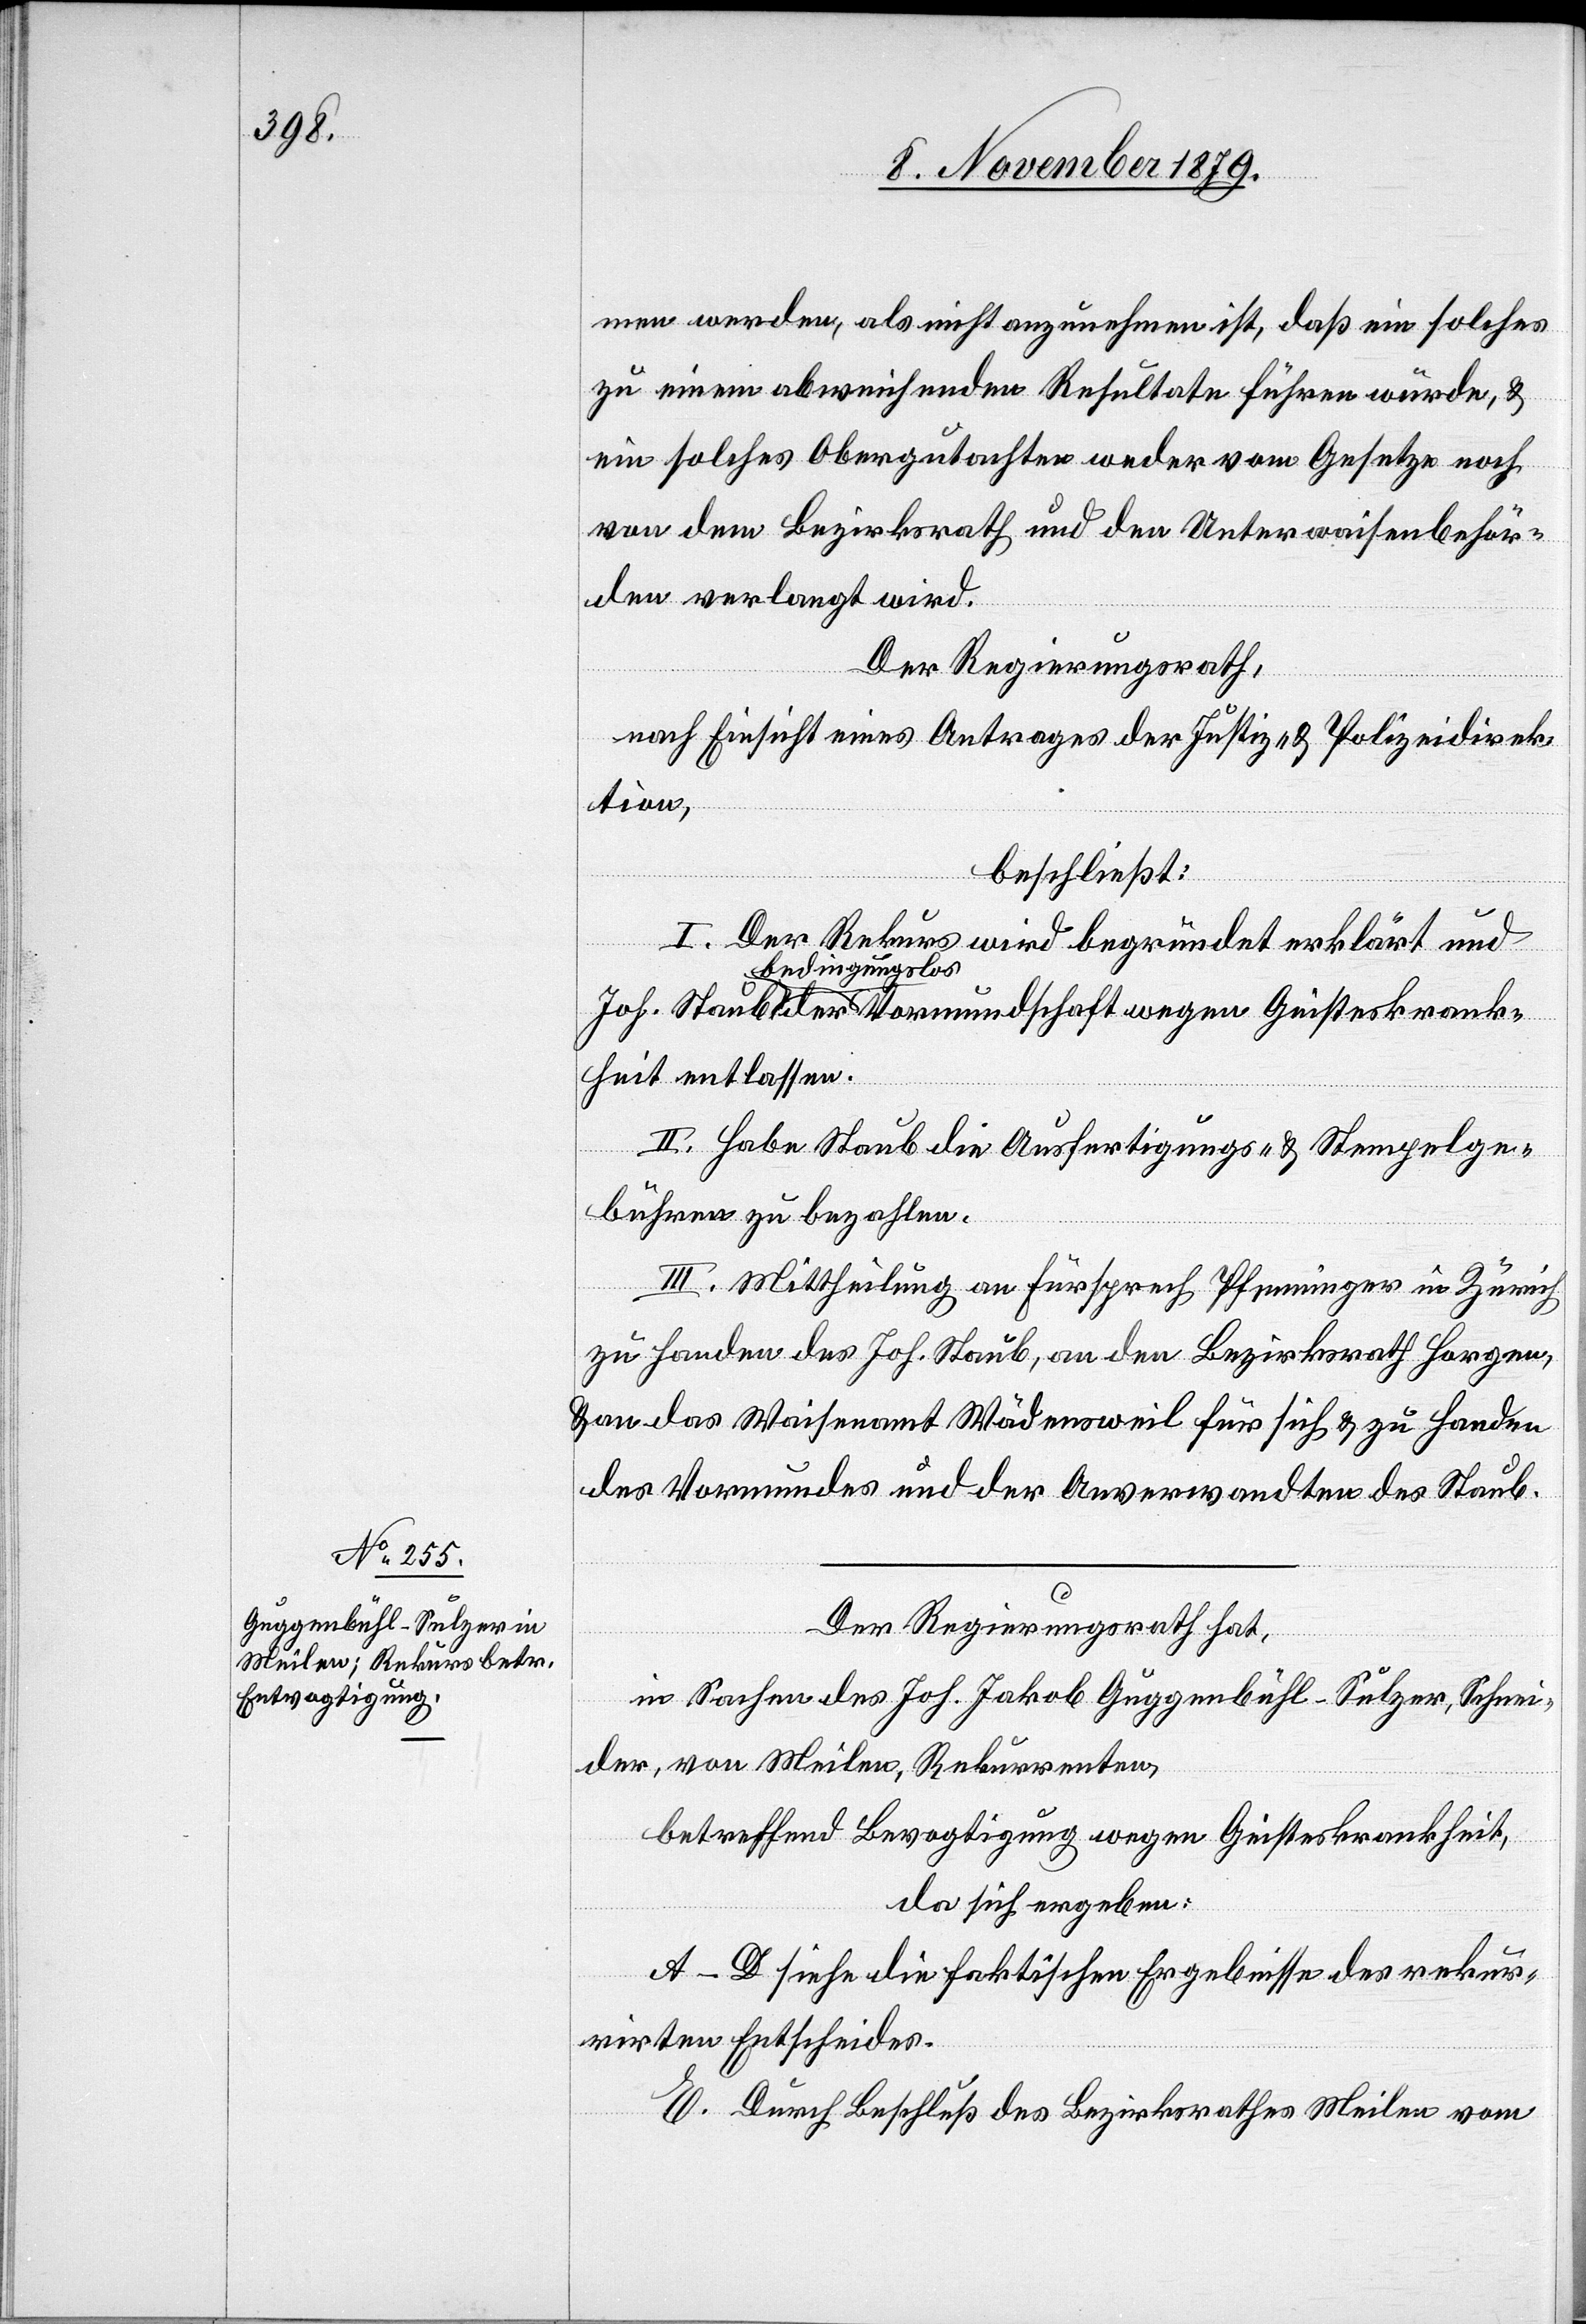
men werden, als nicht anzunehmen ist, daß ein solches
zu einem abweisenden Resultate führen würde, &
ein solches Obergutachten weder vom Gesetze noch
von dem Bezirksrath und den Unterwaisenbehör¬
den verlangt wird.
Der Regierungsrath,
nach Einsicht eines Antrages der Justiz- & Polizeidirek¬
isteskrank¬
beschließt:
I. Der Rekurs wird begründet erklärt und
bedingungslos
heit entlassen.
II. Habe Staub die Ausfertigungs- & Stempelge¬
bühren zu bezahlen.
III. Mittheilung an Fürsprech Pfenninger in Zürich
zu Handen des Joh. Staub, an den Bezirksrath Horgen,
& an das Waisenamt Wädensweil für sich & zu Handen
des Vormundes und der Anverwandten des Staub.
Der Regierungsrath hat,
in Sachen des Joh. Jakob Guggenbühl-Sulzer, Schnei¬
der, von Meilen, Rekurrenten,
betreffend Bevogtigung wegen Geisteskrankheit,
da sich ergeben:
A–D siehe die faktischen Ergebnisse des rekur¬
rirten Entscheides.
E. Durch Beschluß des Bezirksrathes Meilen vom

Ge¬